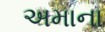
અમાના